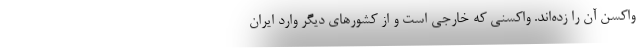
واکسن آن را زده‌اند. واکسنی که خارجی است و از کشورهای دیگر وارد ایران